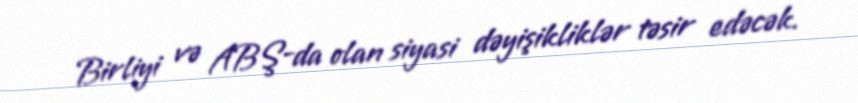
Birliyi və ABŞ-da olan siyasi dəyişikliklər təsir edəcək.